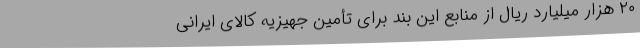
۲۰ هزار میلیارد ریال از منابع این بند برای تأمین جهیزیه کالای ایرانی